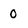
Character: 0